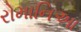
રોમાનિઆ